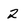
Character: 2